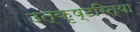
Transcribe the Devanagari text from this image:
उत्कृष्टरित्या